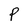
Character: P